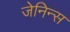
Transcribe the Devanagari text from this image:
जेनिन्स